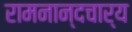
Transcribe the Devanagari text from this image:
रामनान्दचार्य